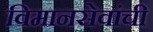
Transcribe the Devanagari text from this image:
विमानसेवांची